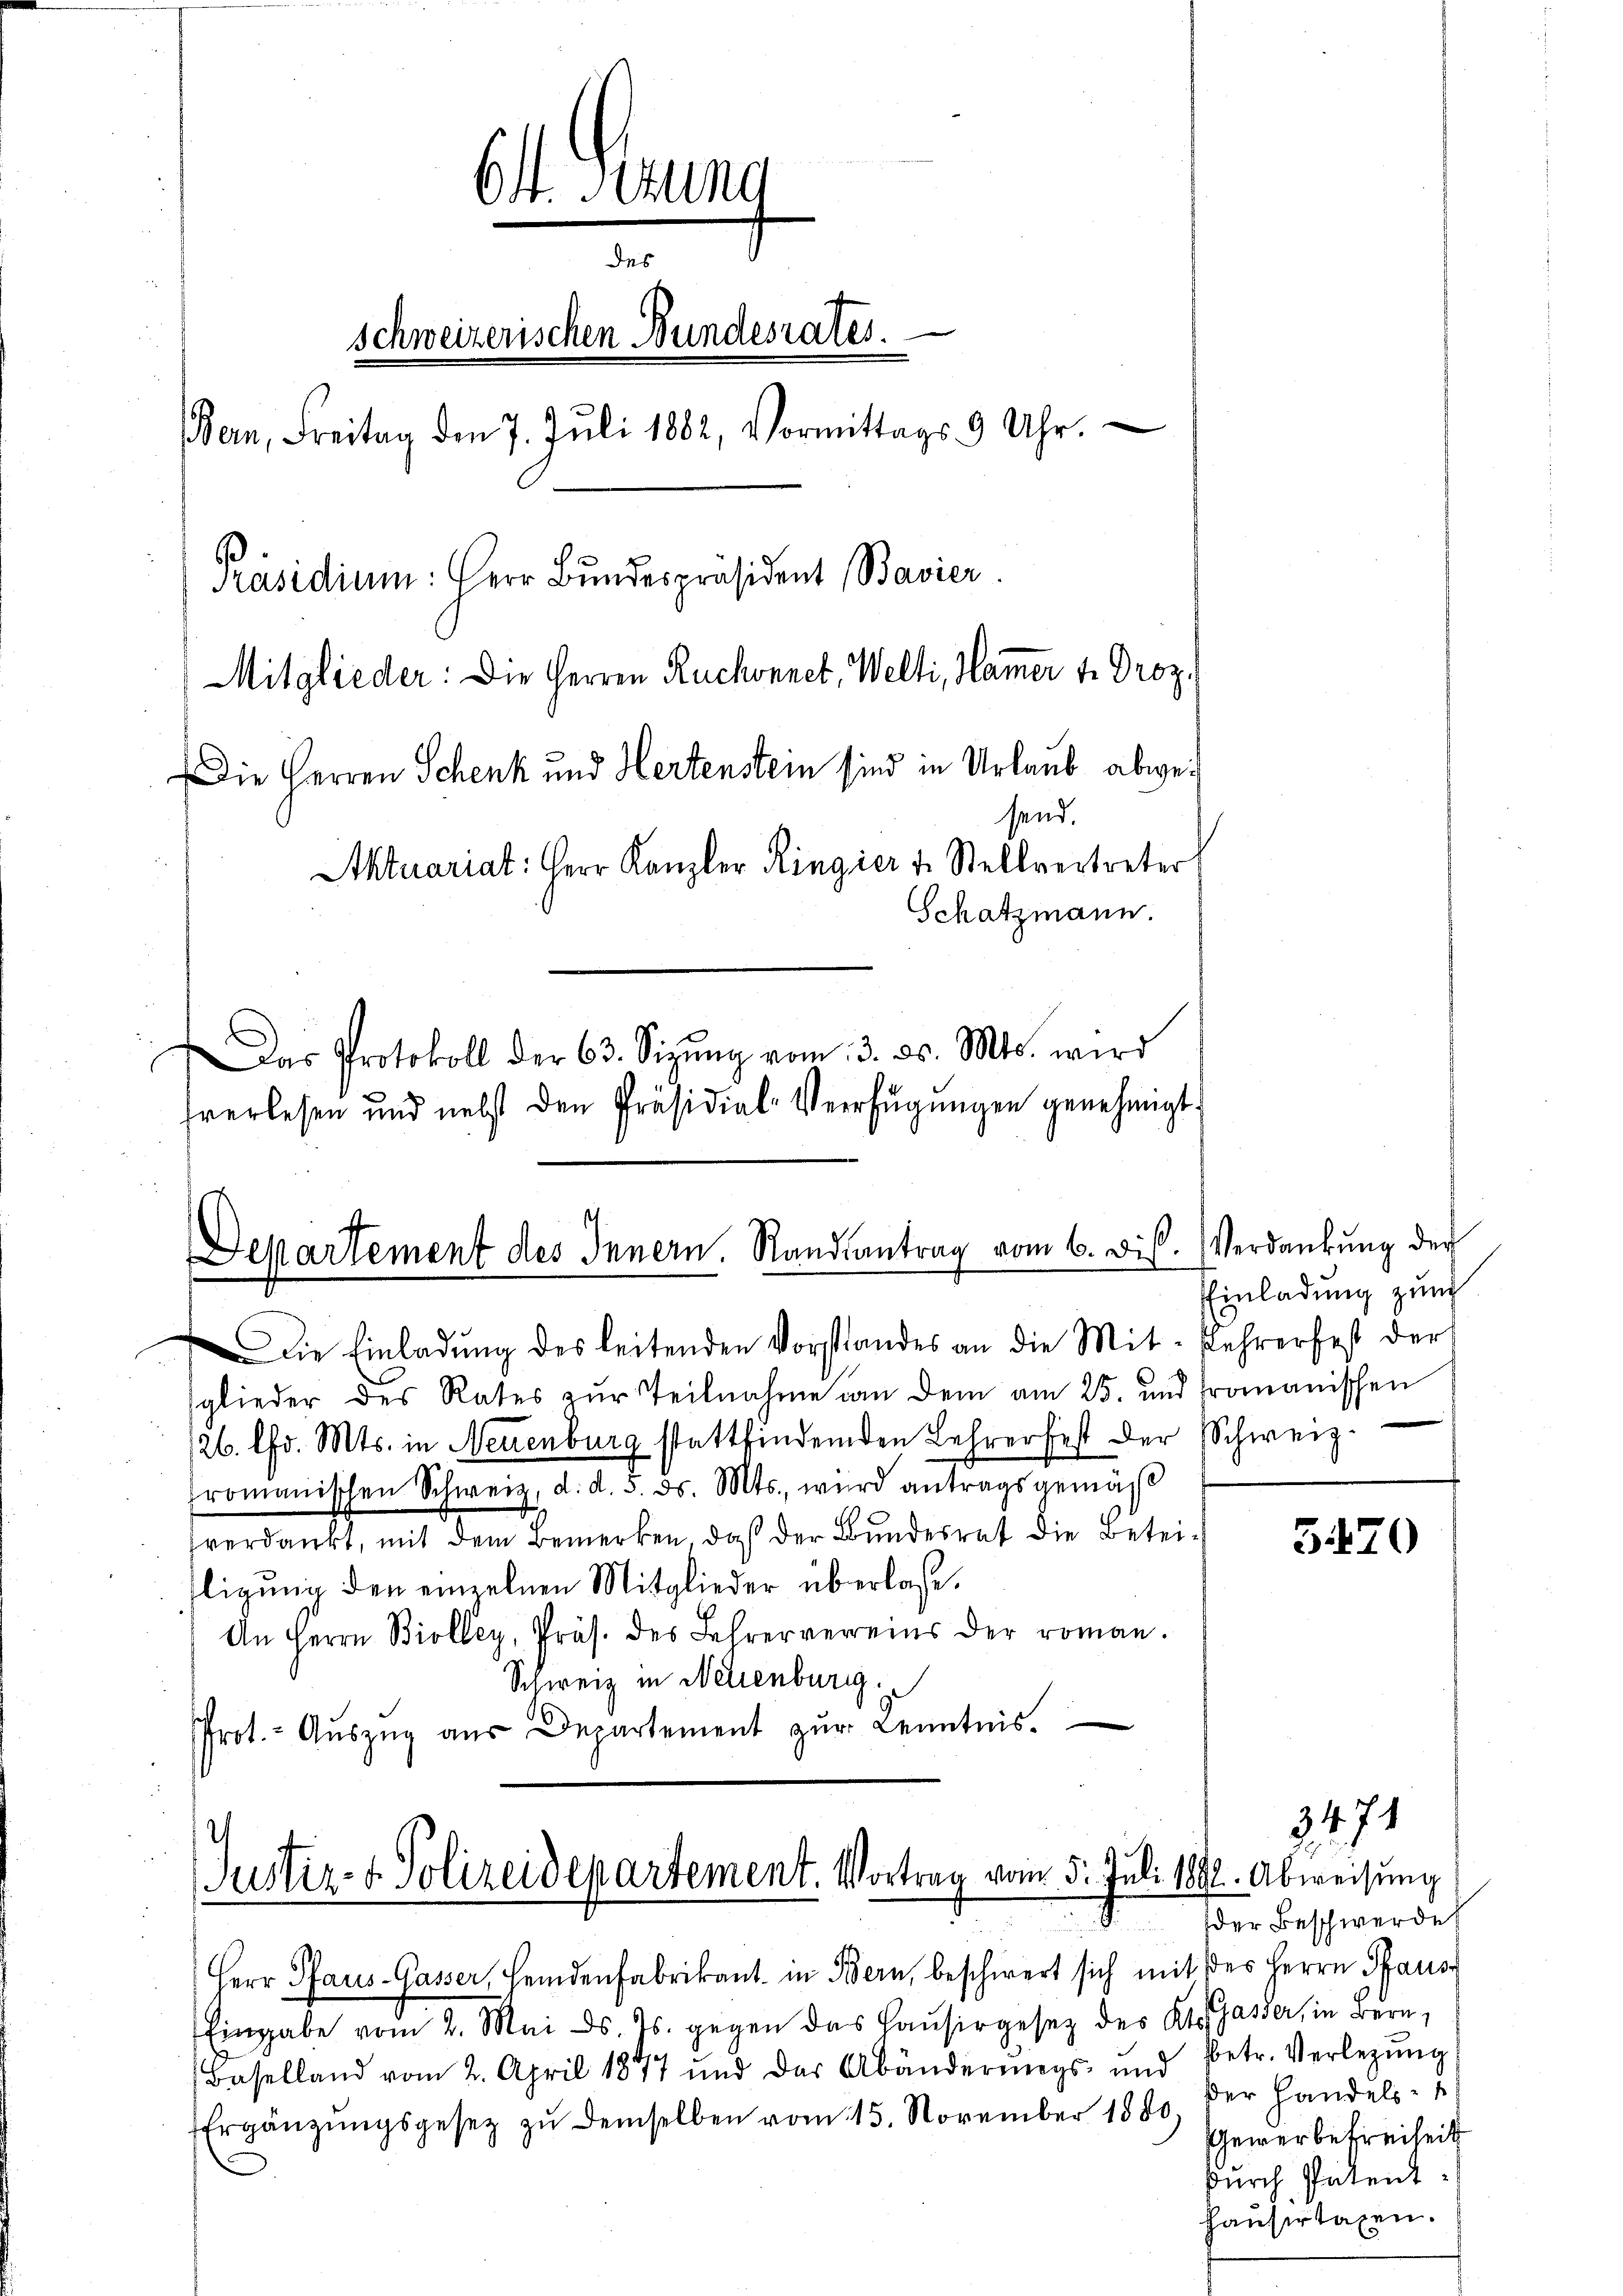
64. Ottung
des
schweizerischen Bundesrates.
Bern, Freitag den 7. Jŭli 1882, Vormittags 9 Uhr.
Präsidium: Herr Bundespräsident Bavier
Mitglieder: Die Herren Ruchonnet, Welti, Hammer v. Droz.
Die Herren Schenk und Hertenstein sind in Urlaub abwesend.
Aktuariat: Herr Kanzler Ringier v. Stellvertreter
Schatzmann.
Das Protokoll der 63. Sizŭng vom 3. ds. Mts. wird
frerlesen und nebst den Präsidial-Verfügŭngen genehmigt.

Die Einladŭng des leitenden Vorstandes an die Mit- Lehrer fest der
glieder des Rates zur Teilnahme an dem am 25. und romanischen
126. lfd. Mts. in Neuenburg stattfindenden Lehrer fest der Schweiz.
romanischen Schweiz, d. d. 5. ds. Mts., wird antragsgemäß
verdankt, mit den Bemerken, daß der Bundesrat die Betriligung den einzelnen Mitglieder überlaße.
An Herrn Biolley, Präs. des Lehrervereins der roman.
Schweiz in Netienburg.
Prot.- Aŭszŭg aŭs Departement zŭr Kenntnis.

Departement des Innern. Randsantrag vom 6. dis. Verdankŭng der

Justiz- & Polizeidepartement. Vortrag vom 5. Juli 1892. Abweisung

Einladung zum

5470

der Beschwerdes

3471

Herr Pfaus-Gasser, Heidenfabrikant. in Bern, beschwert sich mit des Herrn Paus
Eingabe vom 2. Mai d. Js. gegen das Haŭsirgesetz des Kts. Gasser, in Bern,
Baselland vom 2. April 1877 und der Abänderungs- und betr. Verlegŭng
Ergänzŭngsgesez zŭ demselben vom 15. November 1860, der Handels- u
durch Patent

Gewerbetreiheit
Hausertagen.